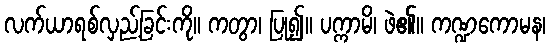
လက်ယာရစ်လှည့်ခြင်းကို။ ကတွာ၊ ပြု၍။ ပက္ကာမိ၊ ဖဲ၏။ ကဏ္ဍကောမန၊